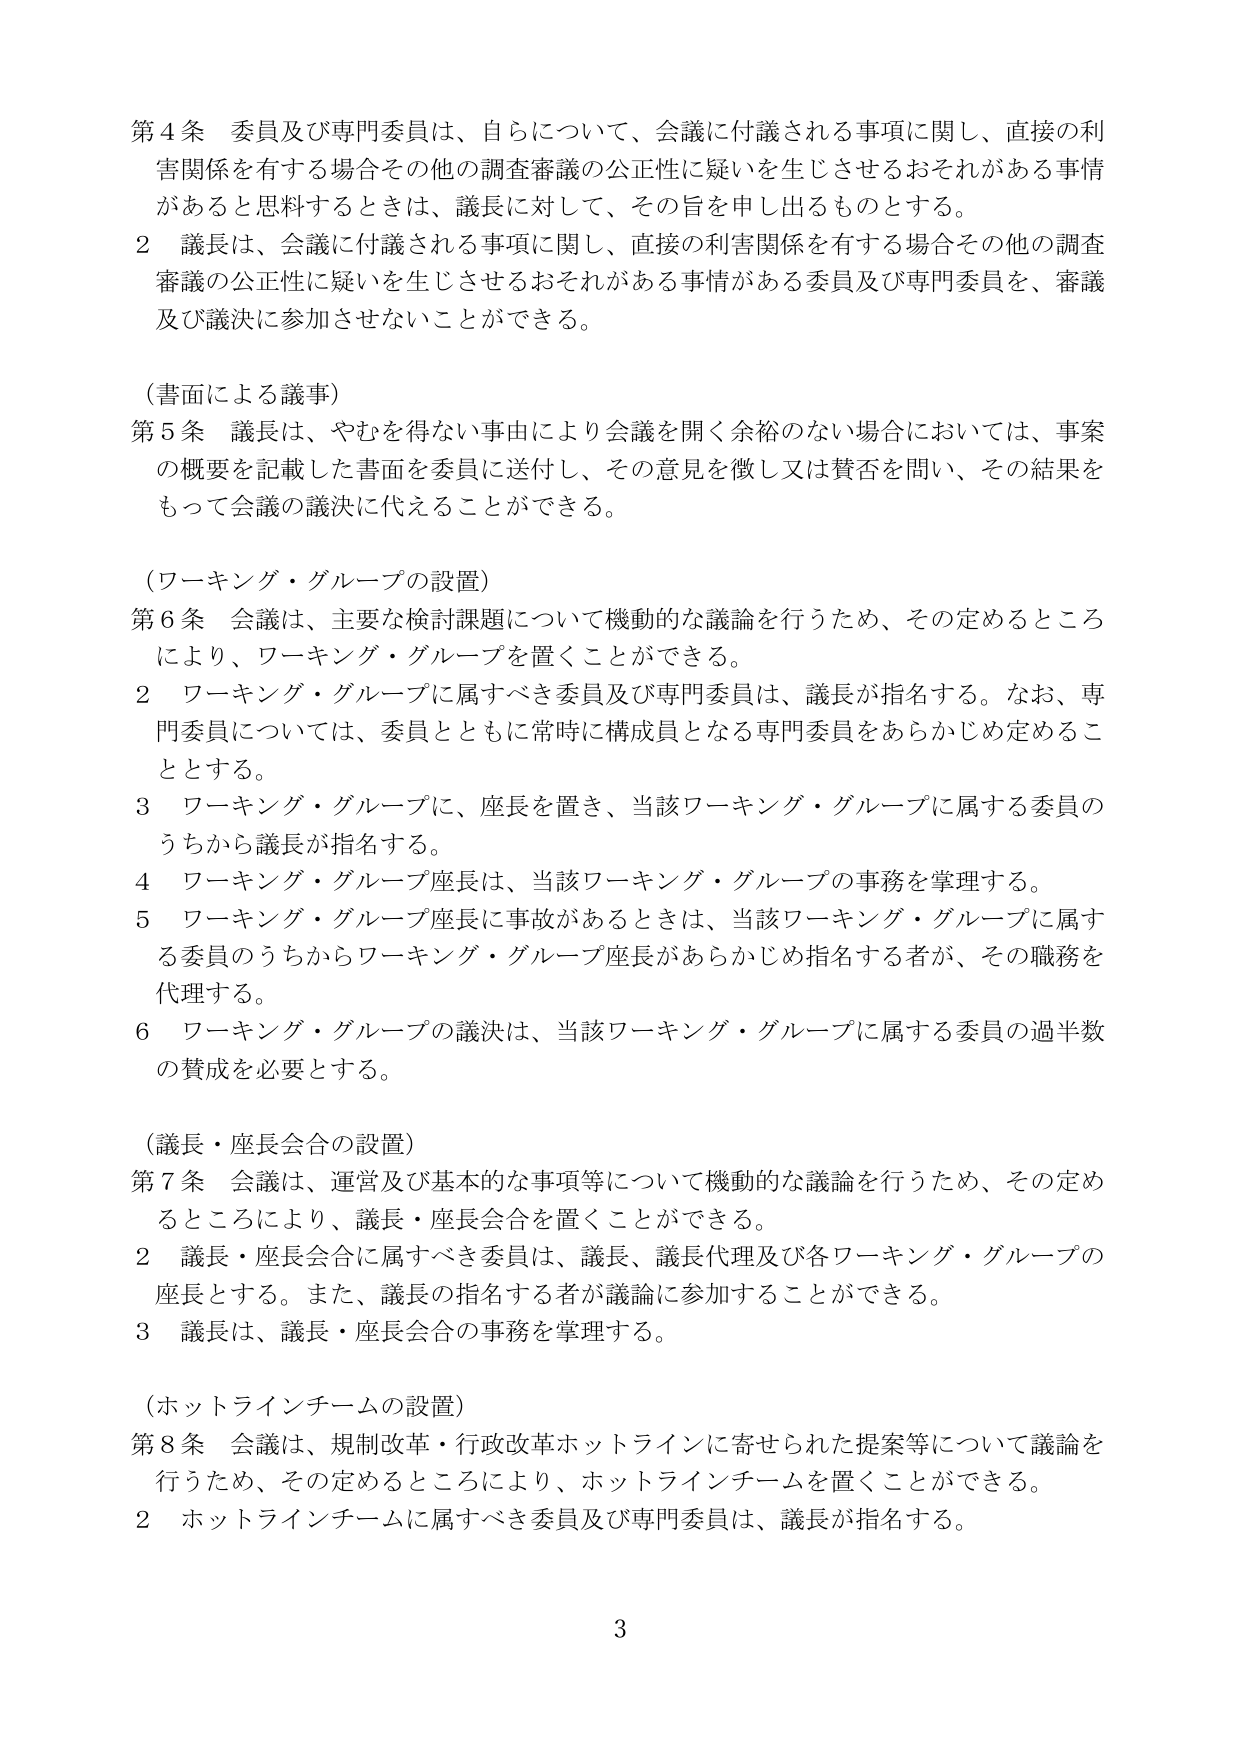
第４条 委員及び専門委員は、自らについて、会議に付議される事項に関し、直接の利害関係を有する場合その他の調査審議の公正性に疑いを生じさせるおそれがある事情があると思料するときは、議長に対して、その旨を申し出るものとする。

２ 議長は、会議に付議される事項に関し、直接の利害関係を有する場合その他の調査審議の公正性に疑いを生じさせるおそれがある事情がある委員及び専門委員を、審議及び議決に参加させないことができる。

（書面による議事）

第５条 議長は、やむを得ない事由により会議を開く余裕のない場合においては、事案の概要を記載した書面を委員に送付し、その意見を徴し又は賛否を問い、その結果をもって会議の議決に代えることができる。

（ワーキング・グループの設置）

第６条 会議は、主要な検討課題について機動的な議論を行うため、その定めるところにより、ワーキング・グループを置くことができる。

２ ワーキング・グループに属すべき委員及び専門委員は、議長が指名する。なお、専門委員については、委員とともに常時に構成員となる専門委員をあらかじめ定めることとする。

３ ワーキング・グループに、座長を置き、当該ワーキング・グループに属する委員のうちから議長が指名する。

４ ワーキング・グループ座長は、当該ワーキング・グループの事務を掌理する。

５ ワーキング・グループ座長に事故があるときは、当該ワーキング・グループに属する委員のうちからワーキング・グループ座長があらかじめ指名する者が、その職務を代理する。

６ ワーキング・グループの議決は、当該ワーキング・グループに属する委員の過半数の賛成を必要とする。

（議長・座長会合の設置）

第７条 会議は、運営及び基本的な事項等について機動的な議論を行うため、その定めるところにより、議長・座長会合を置くことができる。

２ 議長・座長会合に属すべき委員は、議長、議長代理及び各ワーキング・グループの座長とする。また、議長の指名する者が議論に参加することができる。

３ 議長は、議長・座長会合の事務を掌理する。

（ホットラインチームの設置）

第８条 会議は、規制改革・行政改革ホットラインに寄せられた提案等について議論を行うため、その定めるところにより、ホットラインチームを置くことができる。

２ ホットラインチームに属すべき委員及び専門委員は、議長が指名する。

3